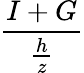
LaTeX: \frac{I+G}{\frac{h}{z}}